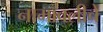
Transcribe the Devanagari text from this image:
नामावलीचे